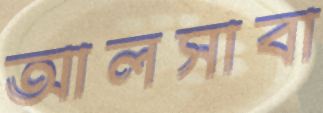
আলসাবা